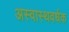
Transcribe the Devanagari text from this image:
अस्वास्थवर्धक